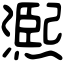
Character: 𤏁